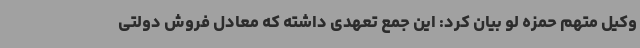
وکیل متهم حمزه لو بیان کرد: این جمع تعهدی داشته که معادل فروش دولتی